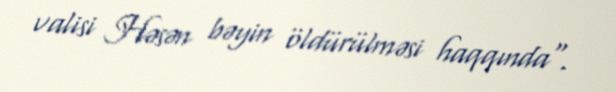
valisi Həsən bəyin öldürülməsi haqqında".